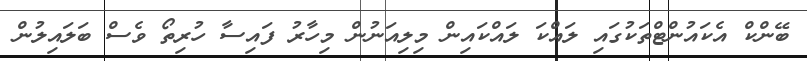
ބޭންކް އެކައުންޓްތަކުގައި ލައްކަ ލައްކައިން މިލިއަނުން މިހާރު ފައިސާ ހުރިތޯ ވެސް ބަލައިލުން